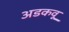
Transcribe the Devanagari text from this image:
अडकवू